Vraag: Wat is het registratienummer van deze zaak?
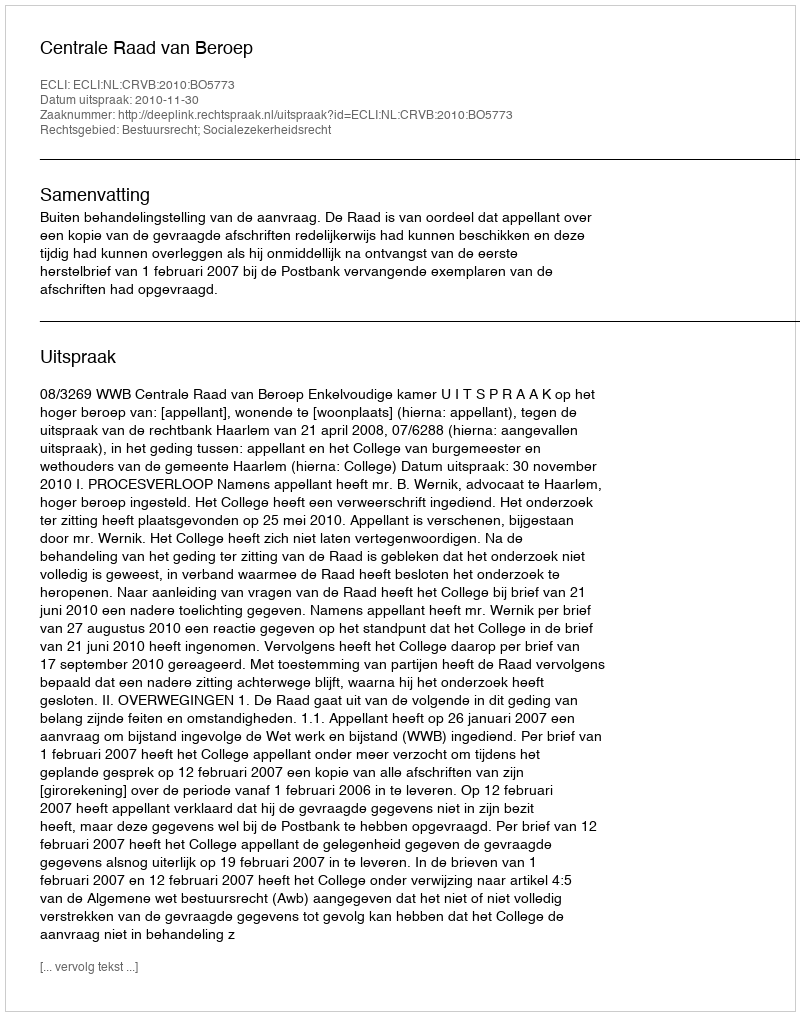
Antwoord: http://deeplink.rechtspraak.nl/uitspraak?id=ECLI:NL:CRVB:2010:BO5773